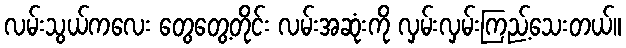
လမ်းသွယ်ကလေး တွေတွေ့တိုင်း လမ်းအဆုံးကို လှမ်းလှမ်းကြည့်သေးတယ်။